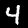
Label: 4